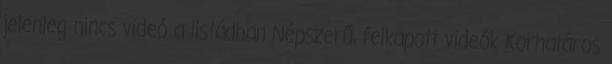
jelenleg nincs videó a listádban Népszerű, felkapott videók Korhatáros